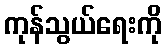
ကုန်သွယ်ရေးကို